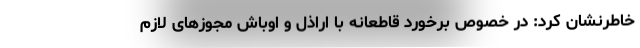
خاطرنشان کرد: در خصوص برخورد قاطعانه با اراذل و اوباش مجوزهای لازم